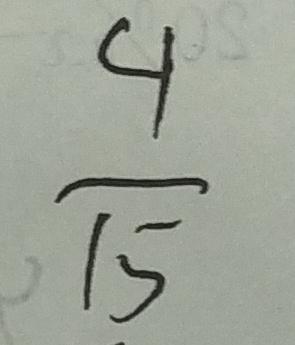
\frac { 4 } { 1 5 }